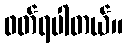
ဖတ်ရပါတယ်။